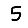
Digit: 5